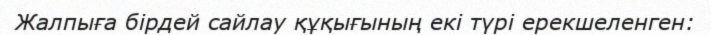
Жалпыға бірдей сайлау құқығының екі түрі ерекшеленген: